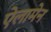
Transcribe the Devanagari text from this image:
ऐलामेन